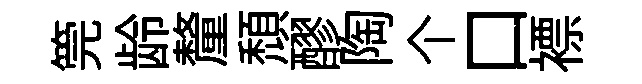
筦龄釐頹醪陶个口褾